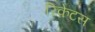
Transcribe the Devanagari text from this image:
रिकेटस